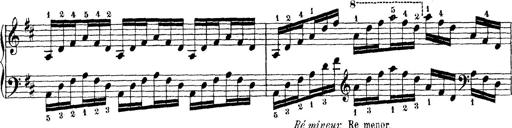
Title: Technische Studien
Composer: Franz Liszt